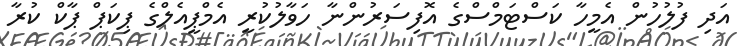
އަދި ފުލުހުން އެމީހާ ކަސްޓަމްސްގެ އޮފިސަރުންނާ ހަވާލުކުރީ އެމްޕީއެލްގެ ޕިކަޕް ޕާކް ކުރާ